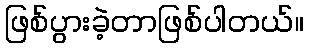
ဖြစ်ပွားခဲ့တာဖြစ်ပါတယ်။